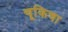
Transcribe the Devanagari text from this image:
चूकिचा